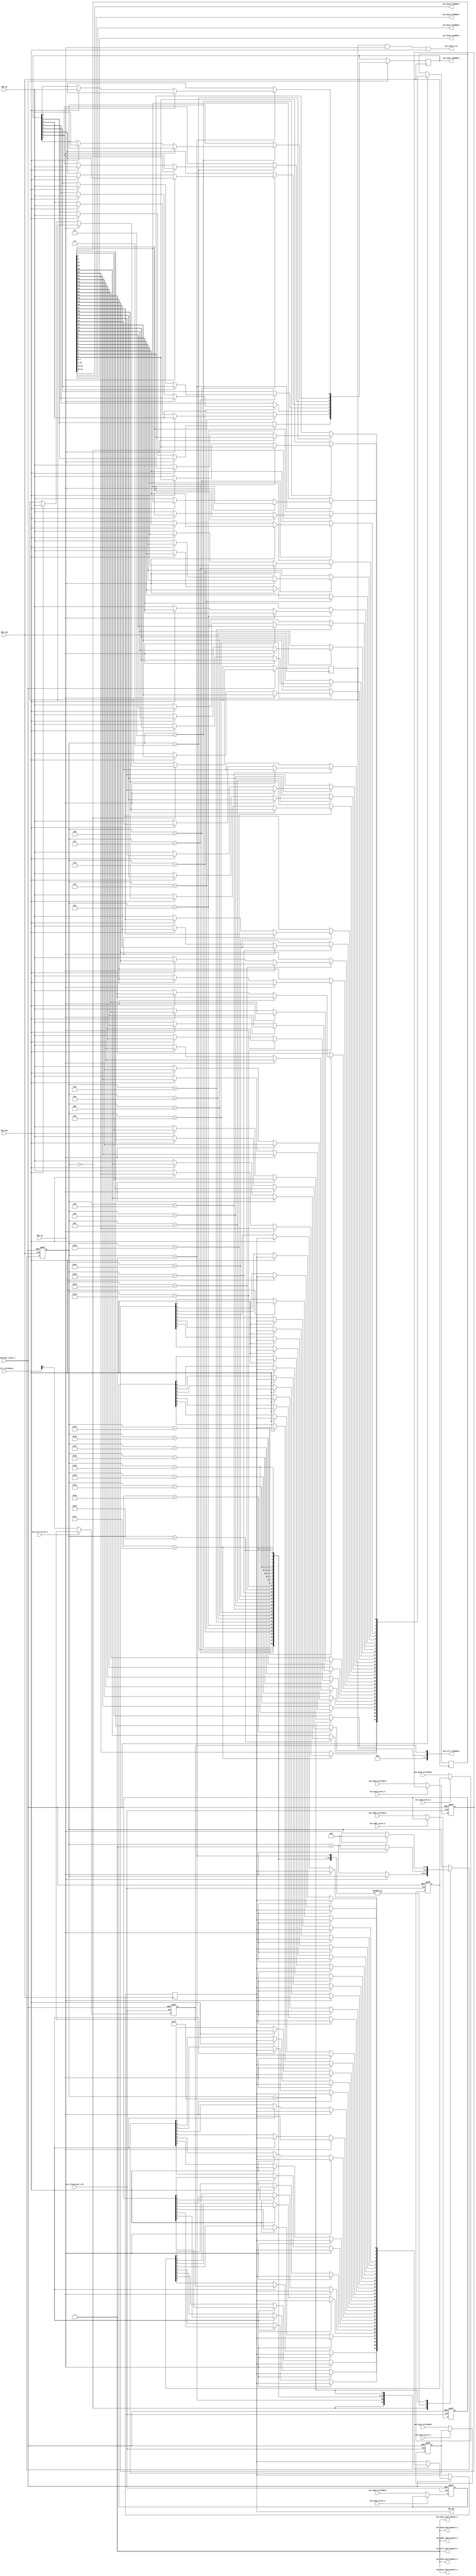
module PNLPort(

// Global clock and reset

csi_clockreset_clk,
csi_clockreset_reset_n,

avs_addr_readdata,
avs_addr_writedata,
avs_addr_write_n,
avs_addr_waitrequest_n,

avs_key0_readdata,
avs_key0_writedata,
avs_key0_write_n,
avs_key0_waitrequest_n,

avs_key1_readdata,
avs_key1_writedata,
avs_key1_write_n,
avs_key1_waitrequest_n,

avs_key2_readdata,
avs_key2_writedata,
avs_key2_write_n,
avs_key2_waitrequest_n,

avs_key3_readdata,
avs_key3_writedata,
avs_key3_write_n,
avs_key3_waitrequest_n,

avs_ctrl_readdata,
avs_ctrl_writedata,
avs_ctrl_write_n,
avs_ctrl_waitrequest_n,

ins_event_irq,

PNL_DO,
PNL_DI,
PNL_CLK,
PNL_LE,
PNL_STA

);

input					csi_clockreset_clk, csi_clockreset_reset_n;

wire					mclk, mclr;

assign	mclk = csi_clockreset_clk;
assign	mclr = csi_clockreset_reset_n;

output	[7:0]		avs_addr_readdata;
input		[7:0]		avs_addr_writedata;
input					avs_addr_write_n;
output				avs_addr_waitrequest_n;

assign	avs_addr_waitrequest_n = 1'b1;

output	[7:0]		avs_key0_readdata;
input		[7:0]		avs_key0_writedata;
input					avs_key0_write_n;
output				avs_key0_waitrequest_n;

assign	avs_key0_readdata = recv_buf[7:0];
assign	avs_key0_waitrequest_n = 1'b1;

output	[7:0]		avs_key1_readdata;
input		[7:0]		avs_key1_writedata;
input					avs_key1_write_n;
output				avs_key1_waitrequest_n;

assign	avs_key1_readdata = recv_buf[15:8];
assign	avs_key1_waitrequest_n = 1'b1;

output	[7:0]		avs_key2_readdata;
input		[7:0]		avs_key2_writedata;
input					avs_key2_write_n;
output				avs_key2_waitrequest_n;

assign	avs_key2_readdata = recv_buf[23:16];
assign	avs_key2_waitrequest_n = 1'b1;

output	[7:0]		avs_key3_readdata;
input		[7:0]		avs_key3_writedata;
input					avs_key3_write_n;
output				avs_key3_waitrequest_n;

assign	avs_key3_readdata = recv_buf[31:24];
assign	avs_key3_waitrequest_n = 1'b1;

output	[7:0]		avs_ctrl_readdata;
input		[7:0]		avs_ctrl_writedata;
input					avs_ctrl_write_n;
output				avs_ctrl_waitrequest_n;

assign	avs_ctrl_readdata = {6'b0, recv_sta, send_sta};
assign	avs_ctrl_waitrequest_n = 1'b1;

output				ins_event_irq;
assign	ins_event_irq = recv_sta & PNL_LE & PNL_STA;

//Exports
output				PNL_DO;
input					PNL_DI, PNL_CLK, PNL_LE, PNL_STA;

assign	avs_addr_readdata = recv_add;

always@(posedge mclk or negedge mclr)
begin
	if(!mclr) begin
		send_add <= 0;
	end
	else begin
		if(!avs_addr_write_n) send_add <= avs_addr_writedata;
	end
end

always@(posedge mclk or negedge mclr)
begin
	if(!mclr) send_buf[7:0] <= 0;
	else if(!avs_key0_write_n) send_buf[7:0] <= avs_key0_writedata;
end

always@(posedge mclk or negedge mclr)
begin
	if(!mclr) send_buf[15:8] <= 0;
	else if(!avs_key1_write_n) send_buf[15:8] <= avs_key1_writedata;
end

always@(posedge mclk or negedge mclr)
begin
	if(!mclr) send_buf[23:16] <= 0;
	else if(!avs_key2_write_n) send_buf[23:16] <= avs_key2_writedata;
end

always@(posedge mclk or negedge mclr)
begin
	if(!mclr) send_buf[31:24] <= 0;
	else if(!avs_key3_write_n) send_buf[31:24] <= avs_key3_writedata;
end

always@(posedge mclk or negedge mclr)
begin
	if(!mclr) send_sta <= 1'b0;
	else if(!avs_ctrl_write_n) send_sta <= avs_ctrl_writedata[0];
end

reg		[31:0]	send_buf = 0, recv_buf = 0;
reg		[7:0]		send_add = 0, recv_add = 0;
reg					send_sta = 1'b0, recv_sta = 1'b0;

reg		[4:0]		state = 0;

reg					sdo = 1'b0;

wire					sclk, sden, sten, sdi;

assign	sclk = PNL_CLK;
assign	sden = PNL_LE;
assign	sten = PNL_STA;
assign	sdi = PNL_DI;
assign	PNL_DO = sdo;

always@(posedge sclk or negedge mclr)
begin
	if(!mclr) begin
		state <= 0;	
	end
	else begin
		case(state)
			
			0:  begin
					if(!sden) begin
						if(!sten) begin sdo <= send_buf[0]; recv_buf[0] <= sdi; end
						else begin sdo <= send_sta; recv_sta <= sdi; end
						state <= state + 1;
					end
				end
				
			1:  begin
					if(!sden) begin
						if(!sten) begin sdo <= send_buf[1]; recv_buf[1] <= sdi; end
						else begin sdo <= send_add[0]; recv_add[0] <= sdi; end
						state <= state + 1;
					end
					else begin
						state <= 0;
					end
				end
			
			2:  begin
					if(!sden) begin
						if(!sten) begin sdo <= send_buf[2]; recv_buf[2] <= sdi; end
						else begin sdo <= send_add[1]; recv_add[1] <= sdi; end
						state <= state + 1;
					end
					else begin
						state <= 0;
					end
				end

			3:	 begin
					if(!sden) begin
						if(!sten) begin sdo <= send_buf[3]; recv_buf[3] <= sdi; end
						else begin sdo <= send_add[2]; recv_add[2] <= sdi; end
						state <= state + 1;
					end
					else begin
						state <= 0;
					end
				end
			4:  begin
					if(!sden) begin
						if(!sten) begin sdo <= send_buf[4]; recv_buf[4] <= sdi; end
						else begin sdo <= send_add[3]; recv_add[3] <= sdi; end
						state <= state + 1;
					end
					else begin
						state <= 0;
					end
				end

			5:  begin
					if(!sden) begin
						if(!sten) begin sdo <= send_buf[5]; recv_buf[5] <= sdi; end
						else begin sdo <= send_add[4]; recv_add[4] <= sdi; end
						state <= state + 1;
					end
					else begin
						state <= 0;
					end
				end

			6:  begin
					if(!sden) begin
						if(!sten) begin sdo <= send_buf[6]; recv_buf[6] <= sdi; end
						else begin sdo <= send_add[5]; recv_add[5] <= sdi; end
						state <= state + 1;
					end
					else begin
						state <= 0;
					end
				end

			7:  begin
					if(!sden) begin
						if(!sten) begin sdo <= send_buf[7]; recv_buf[7] <= sdi; end
						else begin sdo <= send_add[6]; recv_add[6] <= sdi; end
						state <= state + 1;
					end
					else begin
						state <= 0;
					end
				end

			8:	 begin
					if(!sden) begin
						if(!sten) begin sdo <= send_buf[8]; recv_buf[8] <= sdi; end
						else begin sdo <= send_add[7]; recv_add[7] <= sdi; end
						state <= state + 1;
					end
					else begin
						state <= 0;
					end
				end
				
			9:  begin
					if(!sden) begin
						if(!sten) begin sdo <= send_buf[9]; recv_buf[9] <= sdi; end
						state <= state + 1;
					end
					else begin
						state <= 0;
					end
				end
				
			10: begin
					if(!sden) begin
						if(!sten) begin sdo <= send_buf[10]; recv_buf[10] <= sdi; end
						state <= state + 1;
					end
					else begin
						state <= 0;
					end
				end
				
			11: begin
					if(!sden) begin
						if(!sten) begin sdo <= send_buf[11]; recv_buf[11] <= sdi; end
						state <= state + 1;
					end
					else begin
						state <= 0;
					end
				end

			12: begin
					if(!sden) begin
						if(!sten) begin sdo <= send_buf[12]; recv_buf[12] <= sdi; end
						state <= state + 1;
					end
					else begin
						state <= 0;
					end
				end

			13: begin
					if(!sden) begin
						if(!sten) begin sdo <= send_buf[13]; recv_buf[13] <= sdi; end
						state <= state + 1;
					end
					else begin
						state <= 0;
					end
				end

			14: begin
					if(!sden) begin
						if(!sten) begin sdo <= send_buf[14]; recv_buf[14] <= sdi; end
						state <= state + 1;
					end
					else begin
						state <= 0;
					end
				end

			15: begin
					if(!sden) begin
						if(!sten) begin sdo <= send_buf[15]; recv_buf[15] <= sdi; end
						state <= state + 1;
					end
					else begin
						state <= 0;
					end
				end

			16: begin
					if(!sden) begin
						if(!sten) begin sdo <= send_buf[16]; recv_buf[16] <= sdi; end
						state <= state + 1;
					end
					else begin
						state <= 0;
					end
				end

			17: begin
					if(!sden) begin
						if(!sten) begin sdo <= send_buf[17]; recv_buf[17] <= sdi; end
						state <= state + 1;
					end
					else begin
						state <= 0;
					end
				end

			18: begin
					if(!sden) begin
						if(!sten) begin sdo <= send_buf[18]; recv_buf[18] <= sdi; end
						state <= state + 1;
					end
					else begin
						state <= 0;
					end
				end

			19: begin
					if(!sden) begin
						if(!sten) begin sdo <= send_buf[19]; recv_buf[19] <= sdi; end
						state <= state + 1;
					end
					else begin
						state <= 0;
					end
				end

			20: begin
					if(!sden) begin
						if(!sten) begin sdo <= send_buf[20]; recv_buf[20] <= sdi; end
						state <= state + 1;
					end
					else begin
						state <= 0;
					end
				end

			21: begin
					if(!sden) begin
						if(!sten) begin sdo <= send_buf[21]; recv_buf[21] <= sdi; end
						state <= state + 1;
					end
					else begin
						state <= 0;
					end
				end

			22: begin
					if(!sden) begin
						if(!sten) begin sdo <= send_buf[22]; recv_buf[22] <= sdi; end
						state <= state + 1;
					end
					else begin
						state <= 0;
					end
				end

			23: begin
					if(!sden) begin
						if(!sten) begin sdo <= send_buf[23]; recv_buf[23] <= sdi; end
						state <= state + 1;
					end
					else begin
						state <= 0;
					end
				end

			24: begin
					if(!sden) begin
						if(!sten) begin sdo <= send_buf[24]; recv_buf[24] <= sdi; end
						state <= state + 1;
					end
					else begin
						state <= 0;
					end
				end

			25: begin
					if(!sden) begin
						if(!sten) begin sdo <= send_buf[25]; recv_buf[25] <= sdi; end
						state <= state + 1;
					end
					else begin
						state <= 0;
					end
				end

			26: begin
					if(!sden) begin
						if(!sten) begin sdo <= send_buf[26]; recv_buf[26] <= sdi; end
						state <= state + 1;
					end
					else begin
						state <= 0;
					end
				end

			27: begin
					if(!sden) begin
						if(!sten) begin sdo <= send_buf[27]; recv_buf[27] <= sdi; end
						state <= state + 1;
					end
					else begin
						state <= 0;
					end
				end

			28: begin
					if(!sden) begin
						if(!sten) begin sdo <= send_buf[28]; recv_buf[28] <= sdi; end
						state <= state + 1;
					end
					else begin
						state <= 0;
					end
				end

			29: begin
					if(!sden) begin
						if(!sten) begin sdo <= send_buf[29]; recv_buf[29] <= sdi; end
						state <= state + 1;
					end
					else begin
						state <= 0;
					end
				end

			30: begin
					if(!sden) begin
						if(!sten) begin sdo <= send_buf[30]; recv_buf[30] <= sdi; end
						state <= state + 1;
					end
					else begin
						state <= 0;
					end
				end

			31: begin
					if(!sden) begin
						if(!sten) begin sdo <= send_buf[31]; recv_buf[31] <= sdi; end
					end
					else begin
						state <= 0;
					end
				end
		endcase
	end
end

endmodule